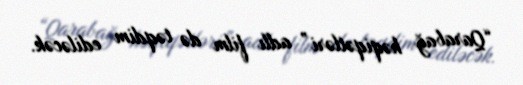
“Qarabağ həqiqətləri” adlı film də təqdim ediləcək.